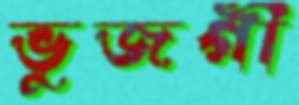
ভুজগী